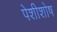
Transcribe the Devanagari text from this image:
पेशीशोष